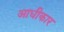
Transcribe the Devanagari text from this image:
आधीकार